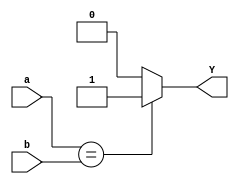
module comparator(input [3:0] a,b, output reg Y);

  always @(a or b)
  begin
    Y = 0;
    if( a == b)
      Y = 1;
  end
  endmodule